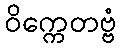
ဝိက္ကေတဗ္ဗံ